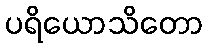
ပရိယောသိတော